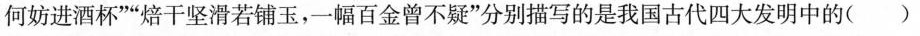
何妨进酒杯””焙干坚滑若铺玉，一幅百金曾不疑”分别描写的是我国古代四大发明中的()